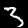
Digit: 3